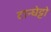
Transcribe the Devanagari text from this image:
टान्घेट्टो